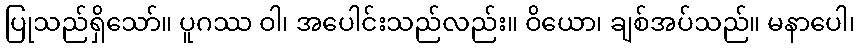
ပြုသည်ရှိသော်။ ပူဂဿ ဝါ၊ အပေါင်းသည်လည်း။ ဝိယော၊ ချစ်အပ်သည်။ မနာပေါ၊